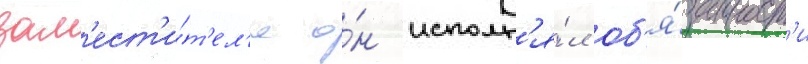
зам'ест'и́т'ел'я о́н исполн'я́л об'я́занност'и